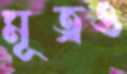
মূত্রও